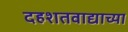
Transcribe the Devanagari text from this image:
दहशतवाद्याच्या